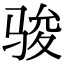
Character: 骏